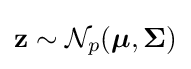
\mathbf {z} \sim {\mathcal {N}}_{p}({\boldsymbol {\mu }},{\boldsymbol {\Sigma }})